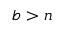
b > n